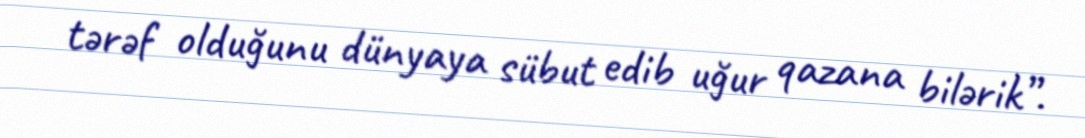
tərəf olduğunu dünyaya sübut edib uğur qazana bilərik”.